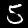
Digit: 5